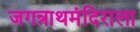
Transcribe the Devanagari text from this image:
जगन्नाथमंदिराला